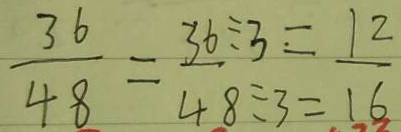
\frac { 3 6 } { 4 8 } = \frac { 3 6 } { 4 8 } ^ { \div 3 = } _ { \div 3 = } \frac { 1 2 } { 1 6 }